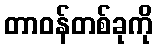
တာဝန်တစ်ခုကို